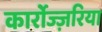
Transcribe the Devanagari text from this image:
कार्रोज्ज़रिया